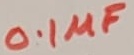
Text: 0.1µF